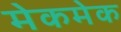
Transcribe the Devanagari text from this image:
मेकमेक